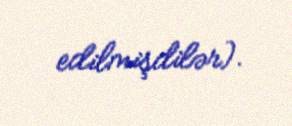
edilmişdilər).